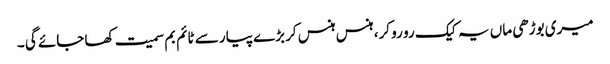
میری بوڑھی ماں یہ کیک رو رو کر، ہنس ہنس کر بڑے پیار سے ٹائم بم سمیت کھا جائے گی ۔